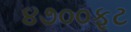
૪૭૦૦ફૂટ